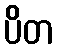
ပိတ